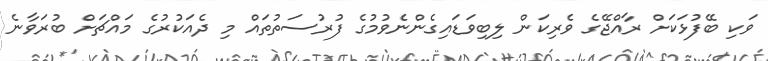
ވަކި ބޭފުޅަކަށް ރާއްޖޭގެ ވެރިކަން ލިބިވަޑައިގެންނެވުމުގެ ފުރުސަތުތައް މި ދެއަކުރުގެ މައްޗަށް ބުރަވާނެ